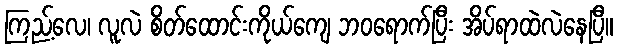
ကြည့်လေ၊ လူလဲ စိတ်ထောင်းကိုယ်ကျေ ဘဝရောက်ပြီး အိပ်ရာထဲလဲနေပြီ။